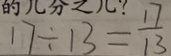
1 7 \div 1 3 = \frac { 1 7 } { 1 3 }